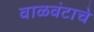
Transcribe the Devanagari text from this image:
वाळवंटाचे